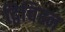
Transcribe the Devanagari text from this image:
द्विचिह्न